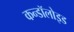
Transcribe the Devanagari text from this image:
कन्डॉलोइड